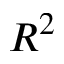
R ^ { 2 }